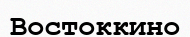
Востоккино